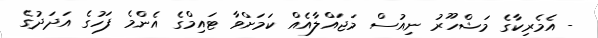
- އެމެރިކާގެ މަޝްހޫރު ނިއުސް މަޖައްލާއެއް ކަމަށްވާ ޓައިމްގެ އެންމެ ފަހުގެ އަދަދުގެ